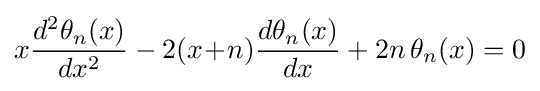
x{\frac {d^{2}\theta _{n}(x)}{dx^{2}}}-2(x\!+\!n){\frac {d\theta _{n}(x)}{dx}}+2n\,\theta _{n}(x)=0